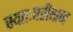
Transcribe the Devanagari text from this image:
स्वतःपरीक्षण